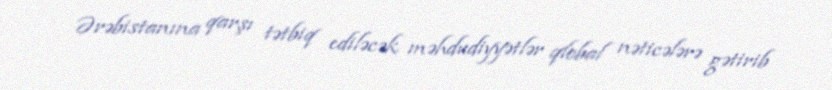
Ərəbistanına qarşı tətbiq ediləcək məhdudiyyətlər qlobal nəticələrə gətirib